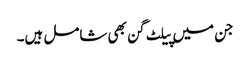
جن میں پیلٹ گن بھی شامل ہیں۔